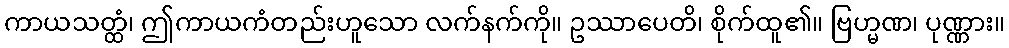
ကာယသတ္ထံ၊ ဤကာယကံတည်းဟူသော လက်နက်ကို။ ဥဿာပေတိ၊ စိုက်ထူ၏။ ဗြဟ္မဏ၊ ပုဏ္ဏား။